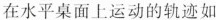
在水平桌面上运动的轨迹如